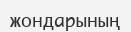
жондарының